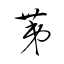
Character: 第